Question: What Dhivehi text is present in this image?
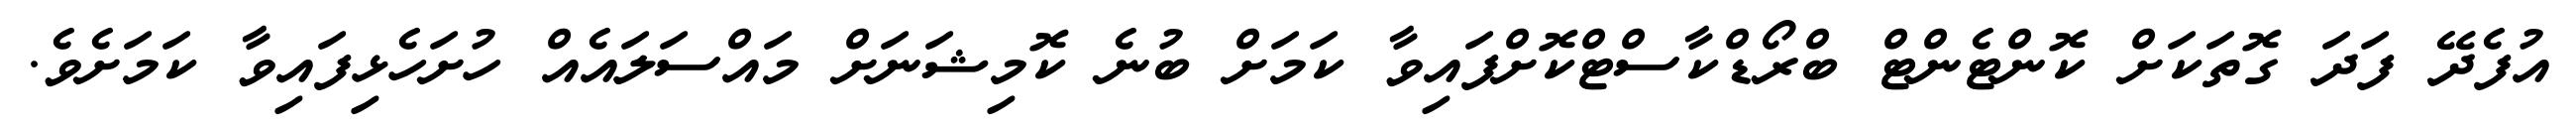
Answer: އުފެދޭ ފަދަ ގޮތަކަށް ކޮންޓެންޓް ބްރޯޑްކާސްޓްކޮށްފައިވާ ކަމަށް ބުނެ ކޮމިޝަނަށް މައްސަލައެއް ހުށަހެޅިފައިވާ ކަމަށެވެ.